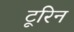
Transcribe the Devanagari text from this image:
टूरिन